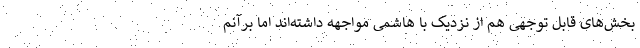
بخش‌های قابل توجهی هم از نزدیک با هاشمی مواجهه داشته‌اند اما برآنم